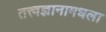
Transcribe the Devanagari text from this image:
तत्त्वज्ञानामधला